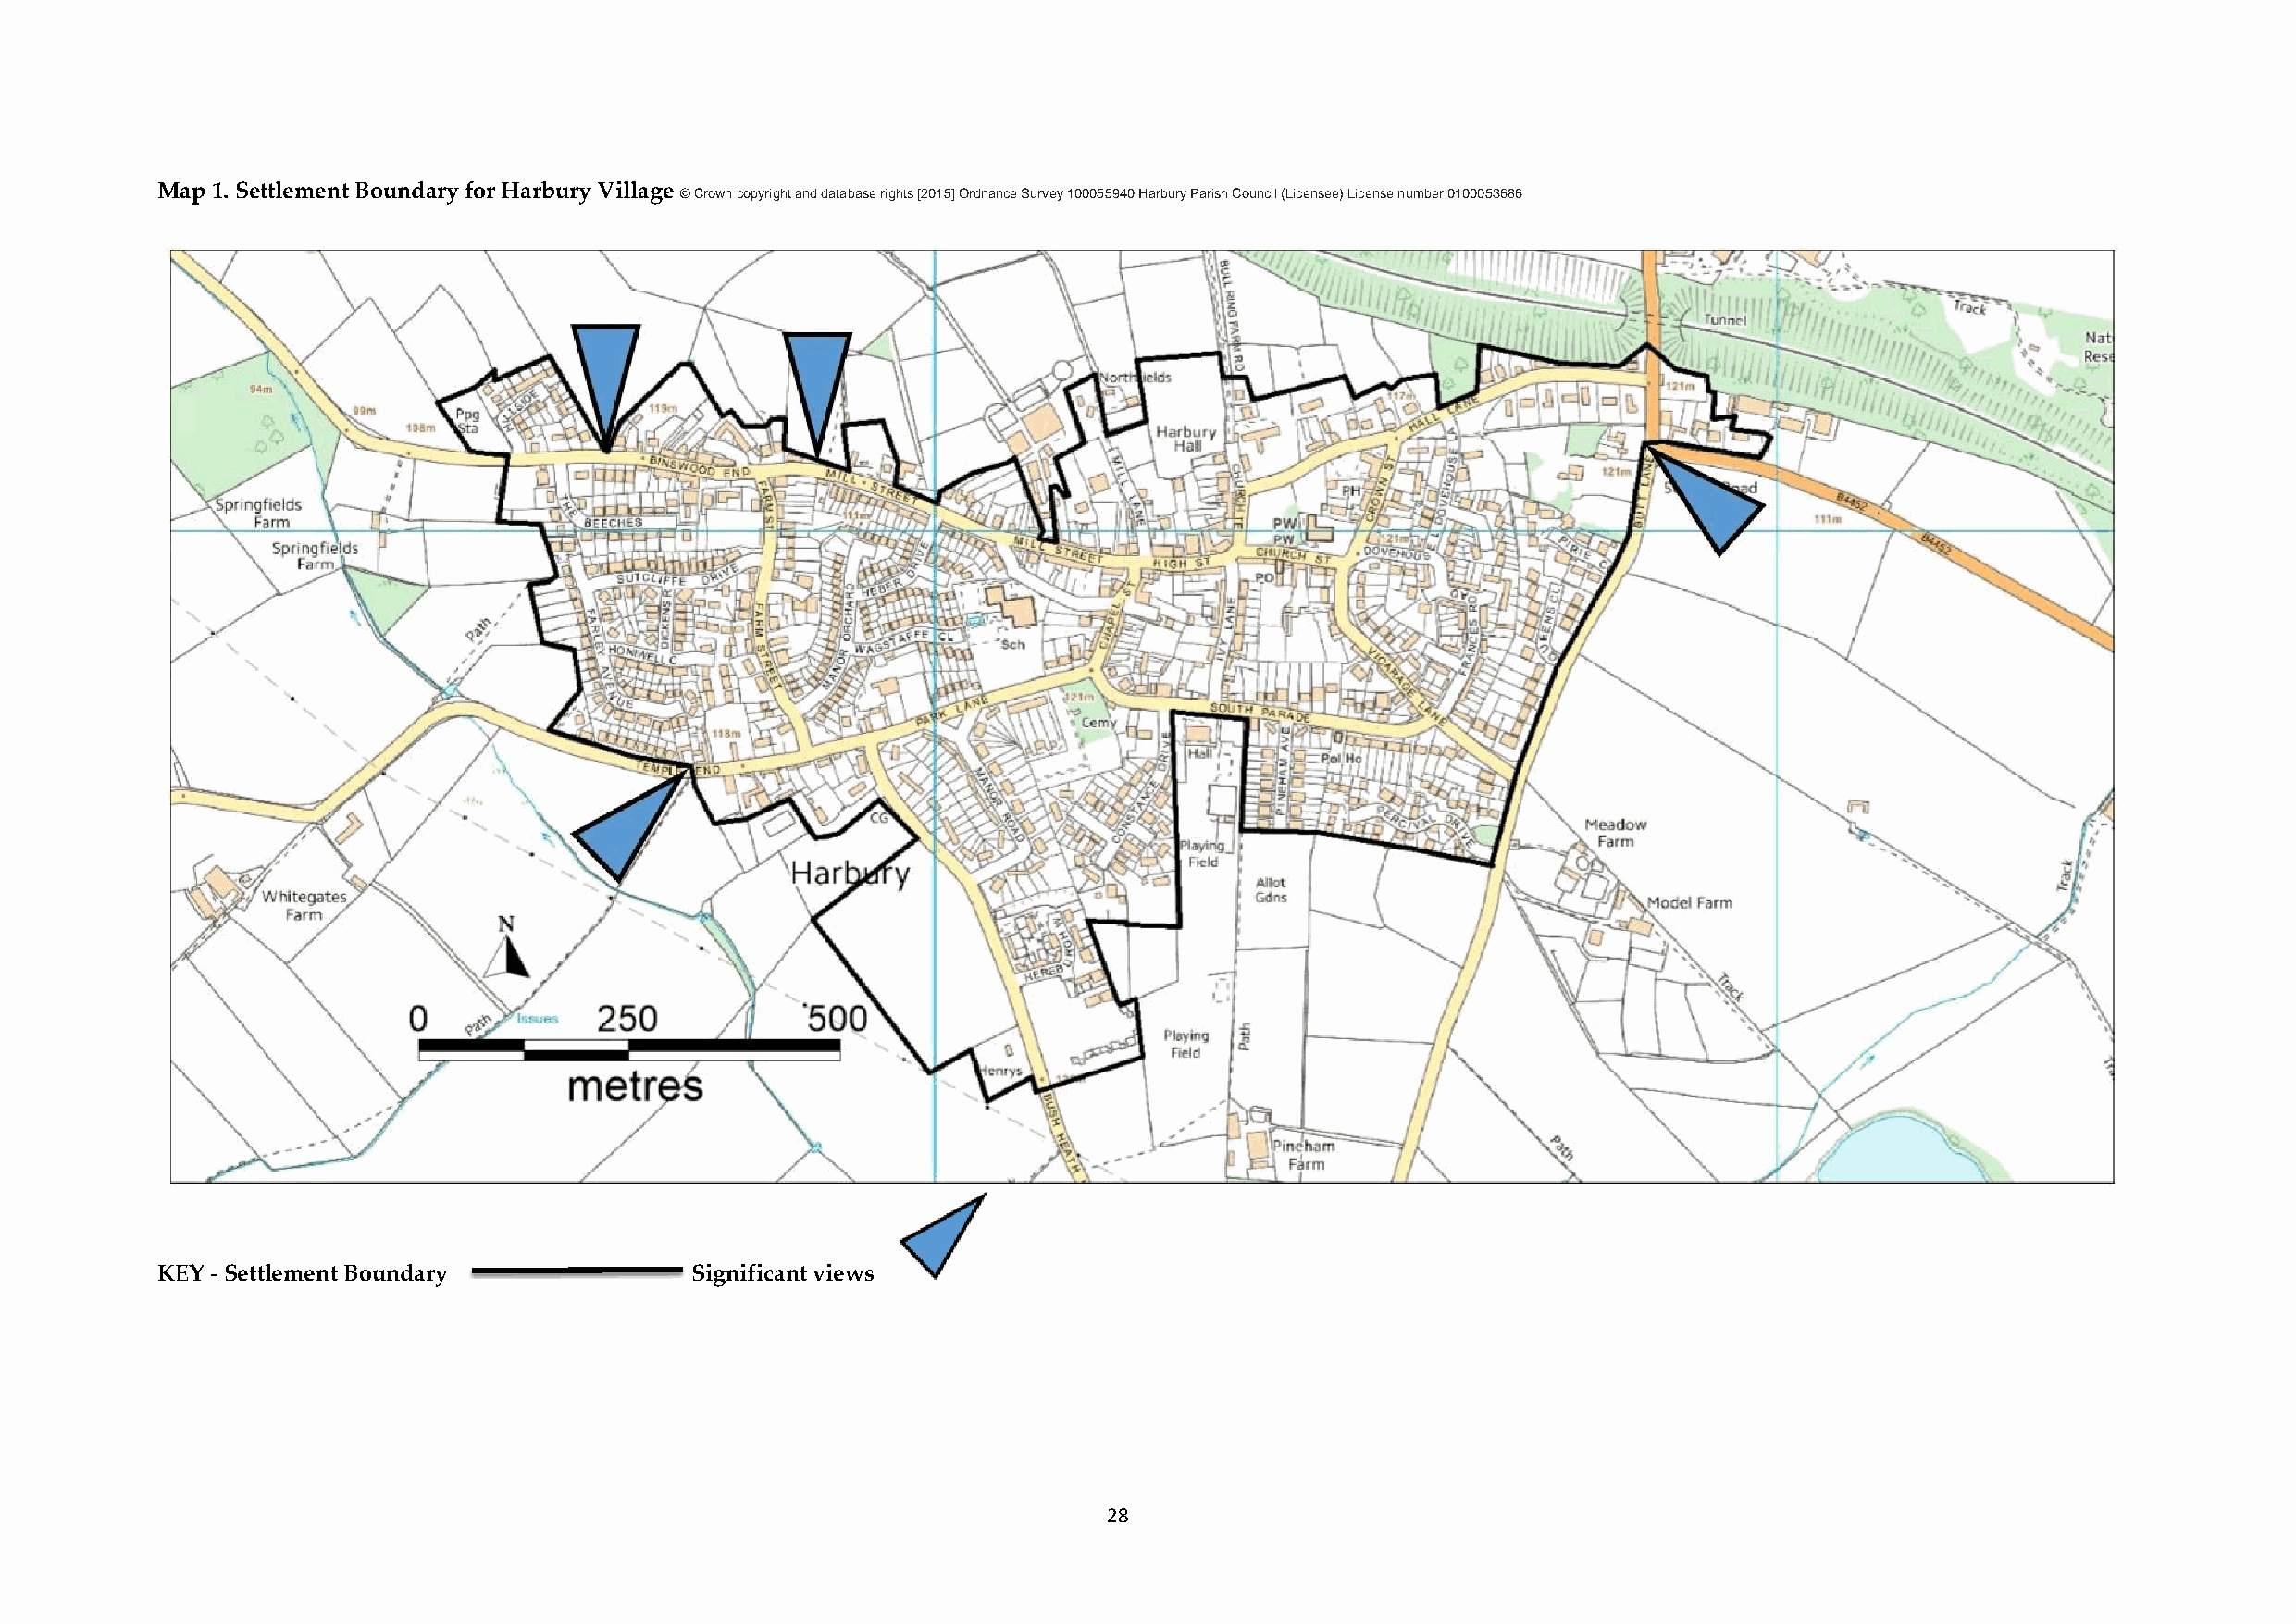
Map 1. Settlement Boundary for Harbury Village
 © Crown copyright and database rights [2015] Ordnance Survey 100055940 Harbury Parish Council (Licensee) License number 0100053686
 KEY - Settlement Boundary             Significant views
 28